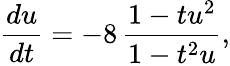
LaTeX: \frac{du}{dt}=-8\, \frac{1-tu^{2}}{1-t^{2}u},